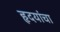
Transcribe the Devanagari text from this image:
हृदयांचा